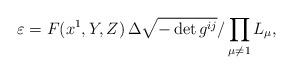
LaTeX: \begin{align*} {\varepsilon}=F(x^1,Y,Z)\,\Delta\sqrt{-\det g^{ij}}/\prod_{\mu\neq 1}{L}_\mu,\end{align*}